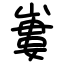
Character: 㟺